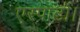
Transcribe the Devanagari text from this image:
एस्पार्टो।